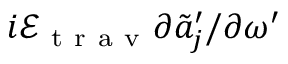
i \mathcal { E } _ { \mathrm { ~ t ~ r ~ a ~ v ~ } } \partial \tilde { a } _ { j } ^ { \prime } / \partial \omega ^ { \prime }